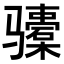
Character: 𬴎